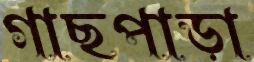
গাছপাড়া